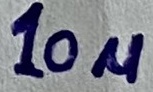
Text: 10µ